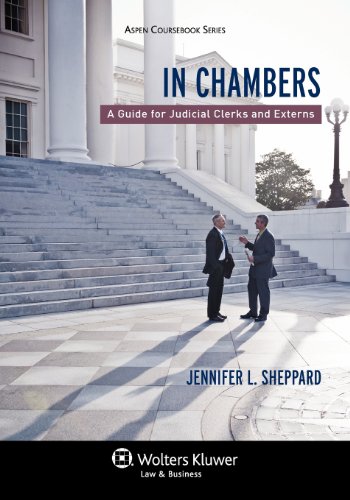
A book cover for In Chambers: A Guide for Judicial Clerks & Externs (Aspen Coursebook); Jennifer Sheppard; Law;